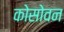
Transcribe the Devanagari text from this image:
कोसोवन